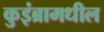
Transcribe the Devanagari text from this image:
कुइंब्रामधील